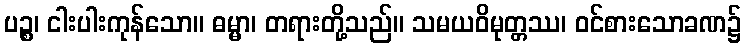
ပဉ္စ၊ ငါးပါးကုန်သော။ ဓမ္မာ၊ တရားတို့သည်။ သမယဝိမုတ္တဿ၊ ဝင်စားသောခဏ၌